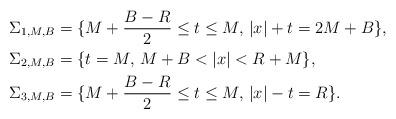
LaTeX: \begin{align*}\Sigma_{1,M,B} &= \{ M + \frac{B-R}{2} \le t \le M, \, |x| + t = 2 M + B\}, \\\Sigma_{2,M,B} &= \{t=M, \, M + B <|x| < R + M\}, \\\Sigma_{3,M,B} &= \{ M + \frac{B-R}{2} \le t \le M, \, |x| - t = R\}.\end{align*}